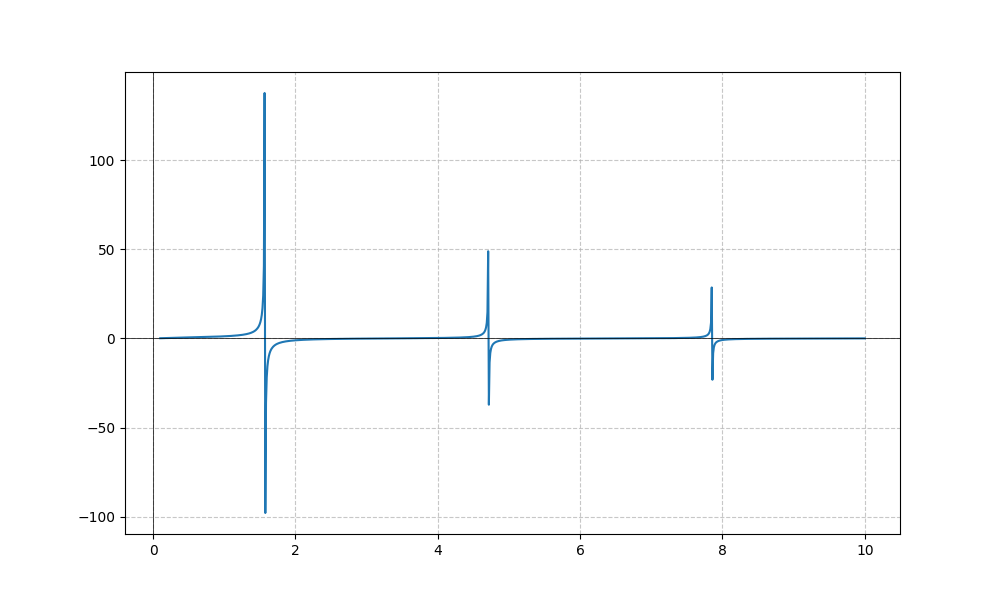
LaTeX formula: \tan{\left(x \right)} \operatorname{acot}{\left(x \right)}